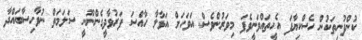
ކުންފުނިތަކުން ހެސްކިޔާފަ އެހީތައްވަނީވެފަ މިވަރުންވެސް އަވަހަށް އަޅާލާ ހާއްސަ ފަރުވާދީގެންނޫނީ ސަލަމަތް ނުވާހިސާބައްދާ